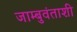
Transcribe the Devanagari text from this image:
जाम्बुवंताशी